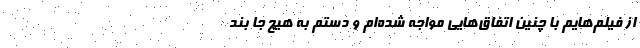
از فیلم‌هایم با چنین اتفاق‌هایی مواجه شده‌ام و دستم به هیچ جا بند